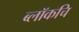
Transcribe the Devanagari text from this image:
ब्लॉकचि